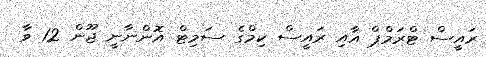
ރައީސް ޓްރަމްޕް އާއި ރައީސް ކިމްގެ ސަމިޓް އޮންނާނީ ޖޫން 12 ވާ